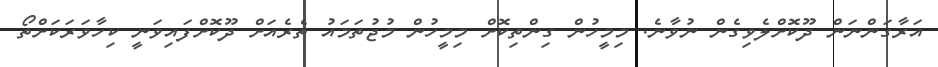
އަރާގަންނަން ދޫކޮަށްލެވިގެން ނުވާނެ. މިމީހުން ގިންތިކޮށް މިމީހުން މުޖުތަމައު ތެރެއަށް ދޫކޮށްފައިވަނީ ކިހާވަރަކަށްތޯ